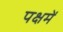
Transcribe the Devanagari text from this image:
पक्षमें